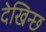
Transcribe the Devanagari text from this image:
देखिन्छ